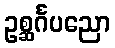
ဥစ္ဆင်္ဂပညော